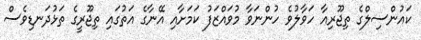
ކައުންސިލްގެ ތިޖޫރިއާ ހަވާލުވެ ހުންނަވާ މުވައްޒަފު ކަމަށާއި އޭނާގެ އަތުގައި ތިޖޫރީގެ ތަޅުދަނޑިވެސް